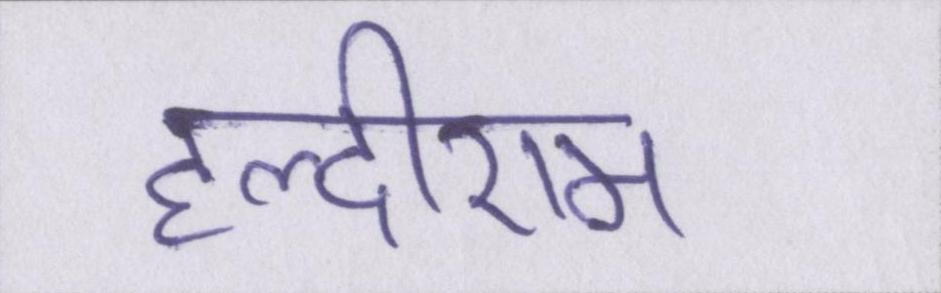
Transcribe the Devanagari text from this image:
हल्दीराम